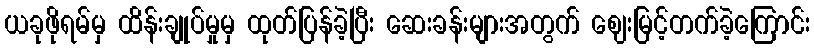
ယခုဖိုရမ်မှ ထိန်းချုပ်မှုမှ ထုတ်ပြန်ခဲ့ပြီး ဆေးခန်းများအတွက် ဈေးမြင့်တက်ခဲ့ကြောင်း